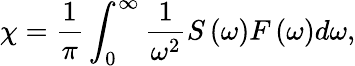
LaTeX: \chi=\frac{1}{\pi}\int_{0}^{\infty}\frac{1}{\omega^{2}}S\left(\omega\right)F\left(\omega\right)d\omega,